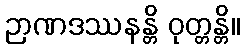
ဉာဏဒဿနန္တိ ဝုတ္တန္တိ။